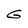
Character: G